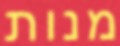
מנות